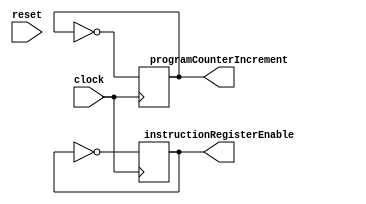
// tags: 

/* SUMMARY:
Part of the control unit.

The sequencer generates the two alternating control signals for the instruction
register and program counter.
*/

module Sequencer (
        input reset,
        input clock,

        output reg instructionRegisterEnable,
        output reg programCounterIncrement
    );

    reg state;

    initial begin
        state = 0;
        instructionRegisterEnable = 1;
        programCounterIncrement = 0;
    end

    always @ (negedge clock) begin
        instructionRegisterEnable <= ~instructionRegisterEnable;
        programCounterIncrement <= ~programCounterIncrement;
    end

endmodule